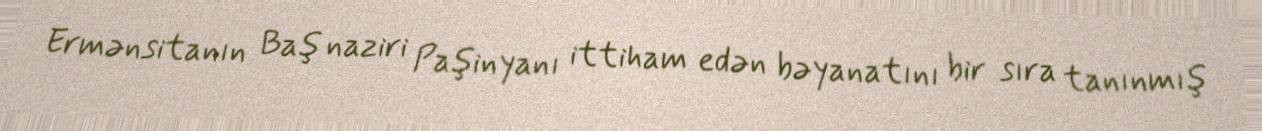
Ermənsitanın Baş naziri Paşinyanı ittiham edən bəyanatını bir sıra tanınmış